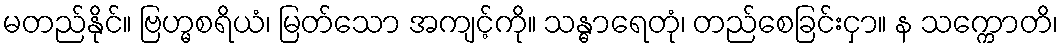
မတည်နိုင်။ ဗြဟ္မစရိယံ၊ မြတ်သော အကျင့်ကို။ သန္ဓာရေတုံ၊ တည်စေခြင်းငှာ။ န သက္ကောတိ၊